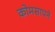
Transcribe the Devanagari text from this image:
कोमसापने